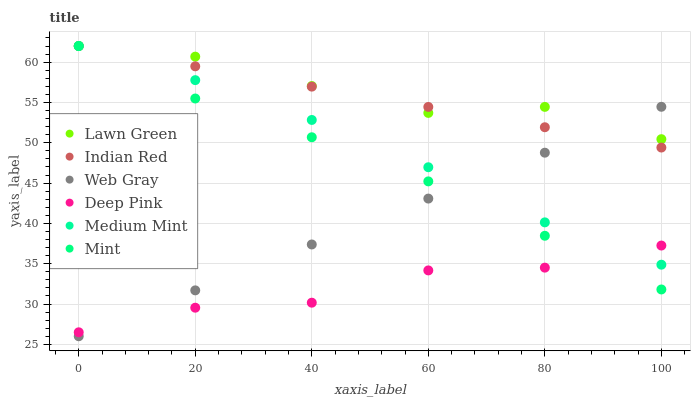
| xaxis_label | Lawn Green | Indian Red | Web Gray | Deep Pink | Medium Mint | Mint |
 | --- | --- | --- | --- | --- | --- | --- |
 | 0 | 62 | 62 | 26 | 26.5 | 62 | 62 |
 | 20 | 60.7 | 59.5 | 31.7 | 29.5 | 57.8 | 55.5 |
 | 40 | 57 | 57 | 37.4 | 30.2 | 52.8 | 50.7 |
 | 60 | 53.7 | 54.4 | 43.1 | 34.2 | 47 | 45.2 |
 | 80 | 54.4 | 51.9 | 48.8 | 34.5 | 40.1 | 38.5 |
 | 100 | 50.4 | 49.4 | 54.5 | 37.3 | 34.9 | 31.8 |